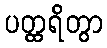
ပတ္ထရိတွာ